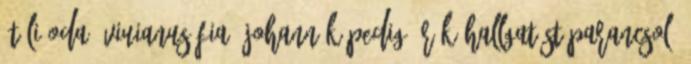
ítéli oda, Viuianus fia: Johannák pedig örök hallgatást parancsol.